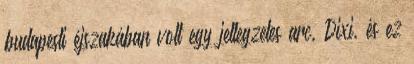
budapesti éjszakában volt egy jellegzetes arc, Dixi, és ez